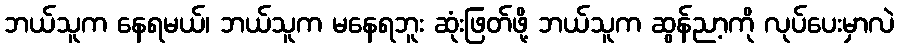
ဘယ်သူက နေရမယ်၊ ဘယ်သူက မနေရဘူး ဆုံးဖြတ်ဖို့ ဘယ်သူက ဆွန်ညာ့ကို လုပ်ပေးမှာလဲ